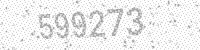
Solution: 599273